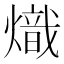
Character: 熾